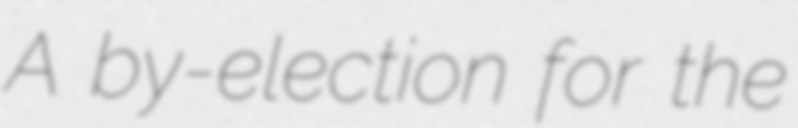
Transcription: A by-election for the